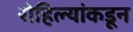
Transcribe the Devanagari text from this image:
रोहिल्यांकडून